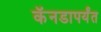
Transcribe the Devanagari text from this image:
कॅनडापर्यंत